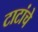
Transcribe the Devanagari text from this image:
टाटांचे